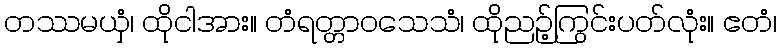
တဿမယှံ၊ ထိုငါအား။ တံရတ္တာဝသေသံ၊ ထိုညဉ့်ကြွင်းပတ်လုံး။ ဧတံ၊